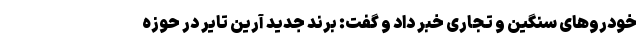
خودروهای سنگین و تجاری خبر داد و گفت: برند جدید آرین تایر در حوزه